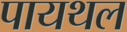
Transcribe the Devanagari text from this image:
पायथल